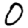
Digit: 0